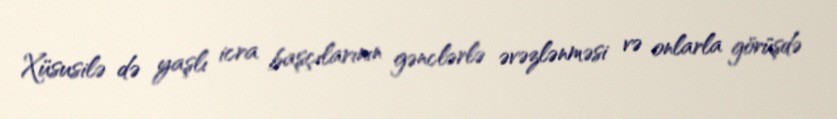
Xüsusilə də yaşlı icra başçılarının gənclərlə əvəzlənməsi və onlarla görüşdə